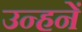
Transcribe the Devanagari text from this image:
उन्हनें